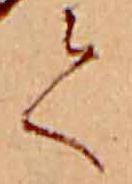
て